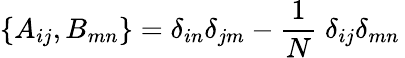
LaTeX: \{ A_{ij},B_{mn}\} =\delta_{in}\delta_{jm}-\frac{1}{N}\; \delta_{ij}\delta_{mn}\,